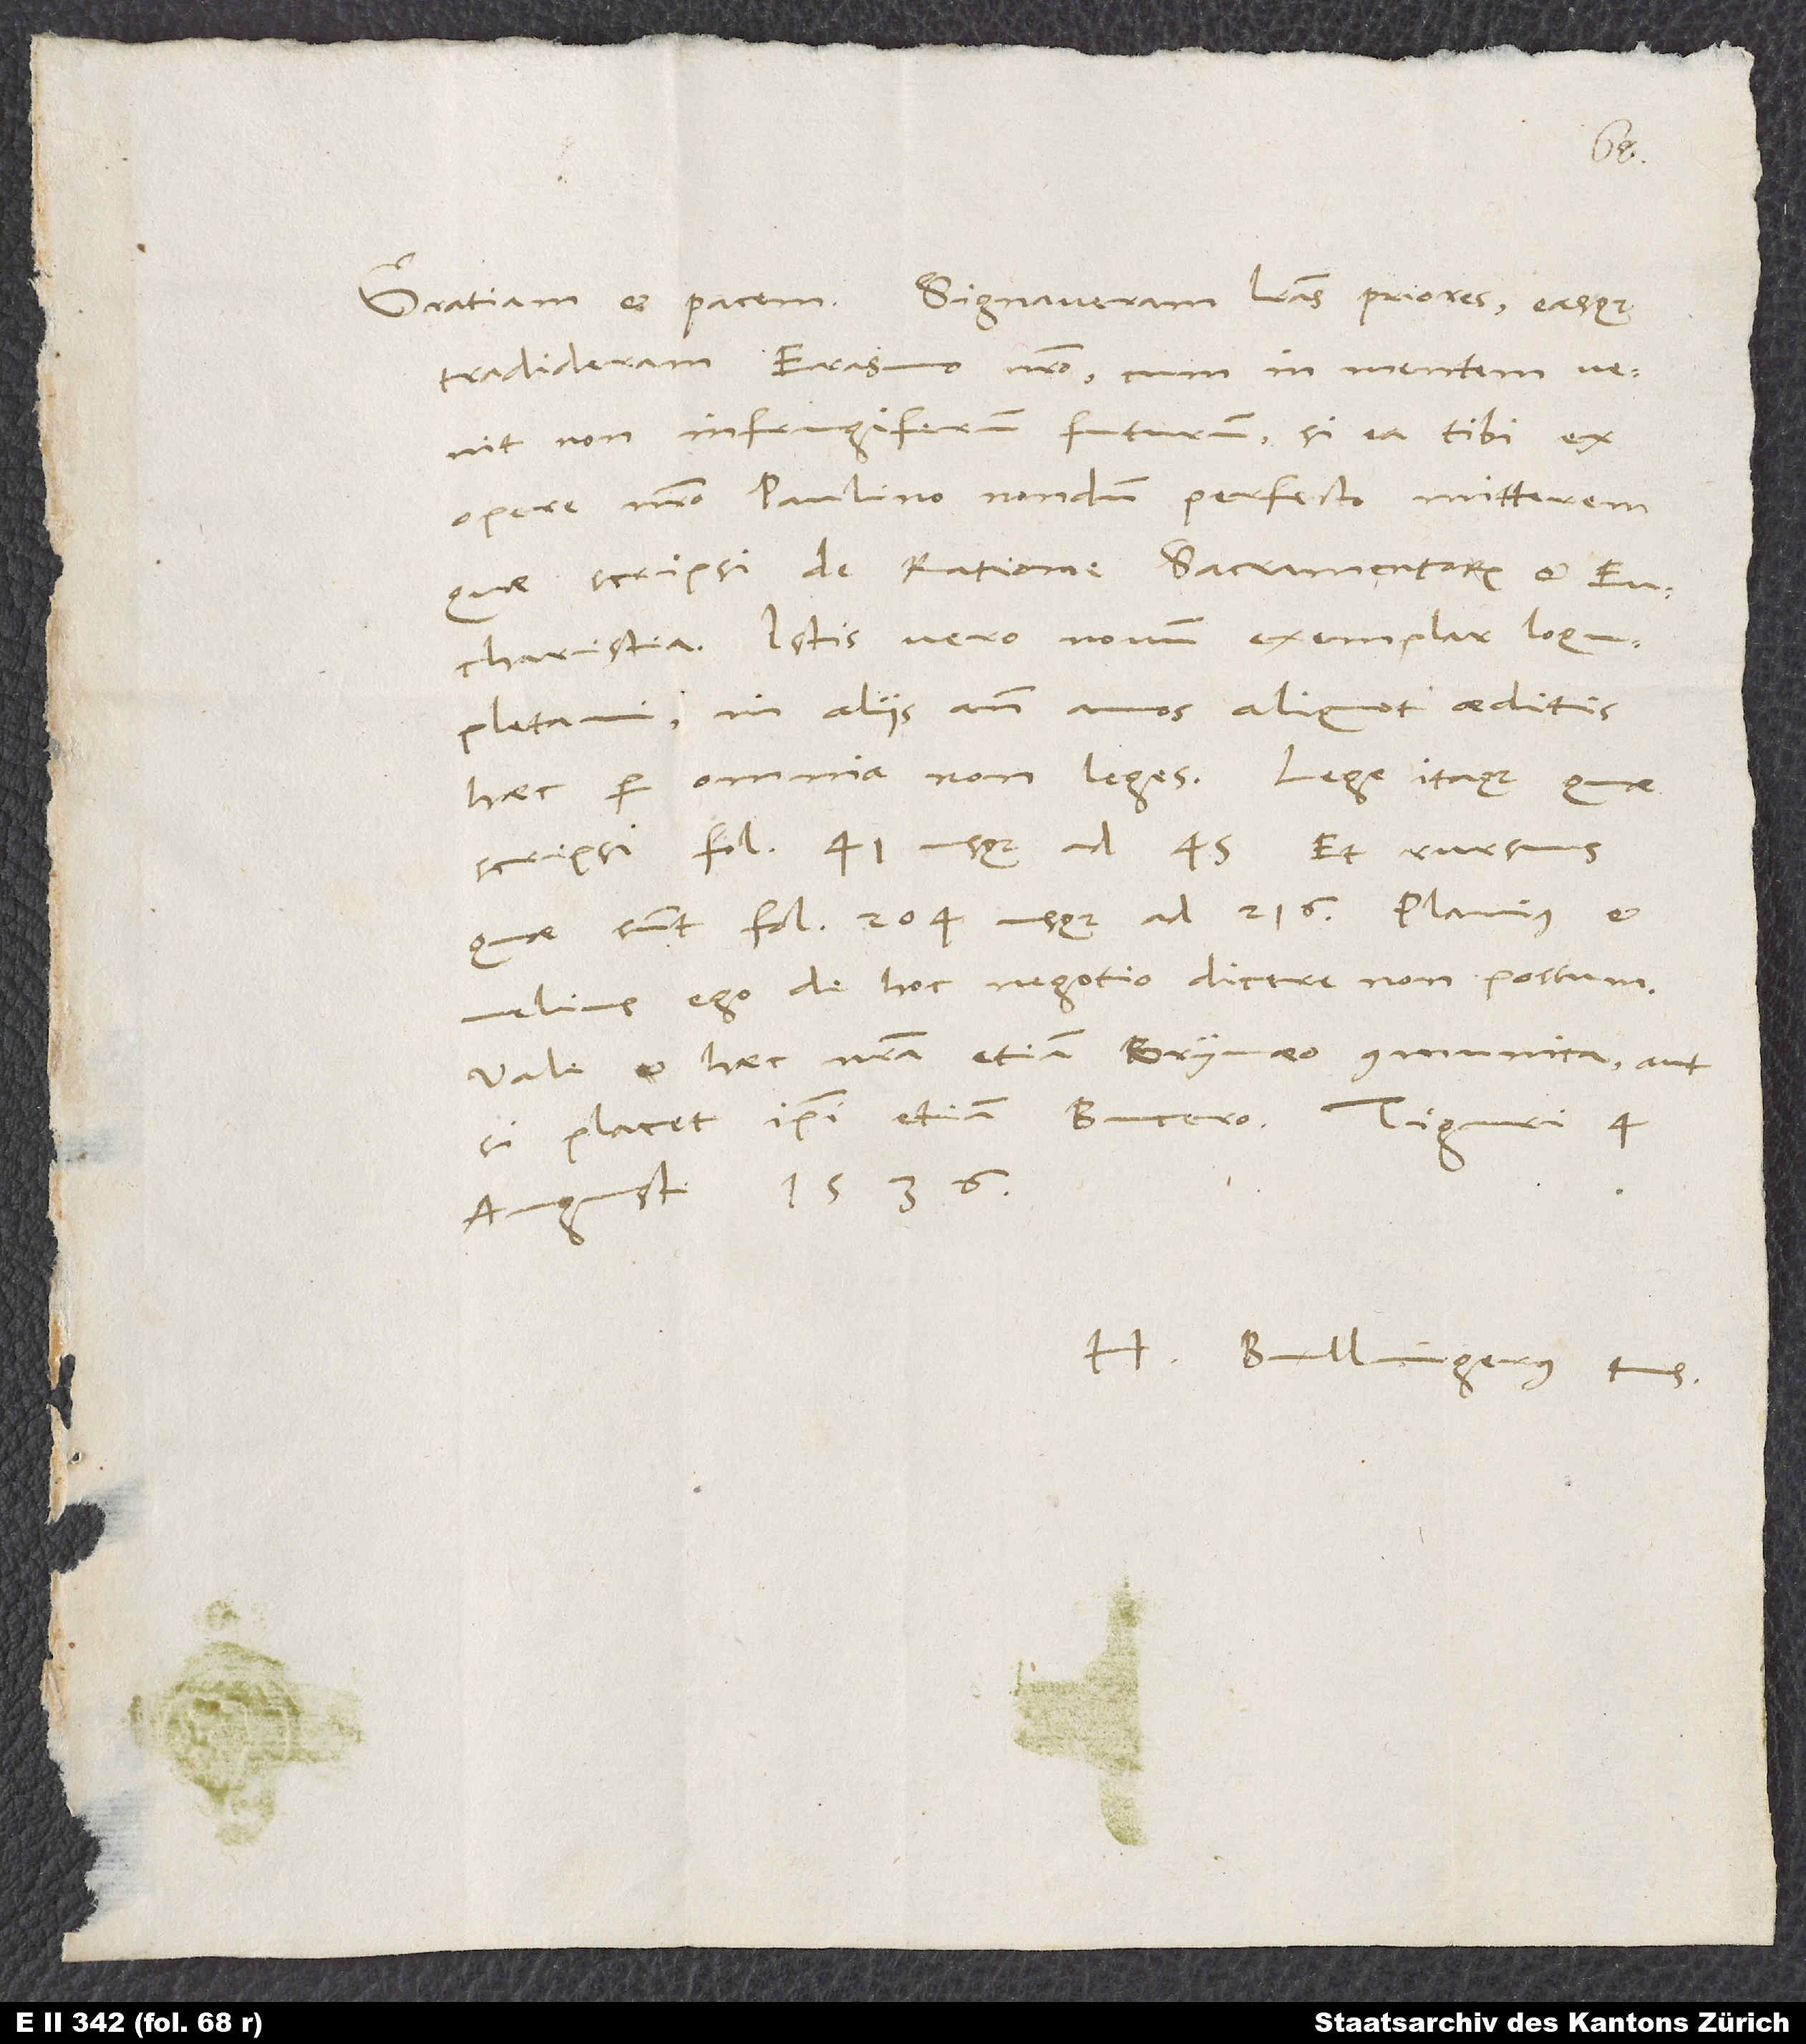
tradideram Erasmo nostro cum in, mentem venit
non infrugiferum futurum, si ea tibi ex
opere nostro Paulino nondum perfecto mitterem,
quae scripsi de ratione sacramentorum et
eucharistia. Istis vero novum exemplar loqupletavi;
haec per omnia non leges. Lege itaque, quae
scripsi fol. 41 usque ad 45, et rursus,
quae sunt fol. 204 usque ad 216. Planius et
melius ego de hoc negotio dicere non possum.
Vale et haec nostra etiam Grynaeo communica aut,
augusti 1536.
H. Bullingerus tuus.